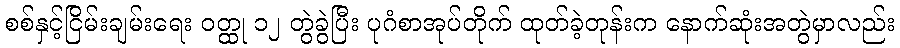
စစ်နှင့်ငြိမ်းချမ်းရေး ဝတ္ထု ၁၂ တွဲခွဲပြီး ပုဂံစာအုပ်တိုက် ထုတ်ခဲ့တုန်းက နောက်ဆုံးအတွဲမှာလည်း